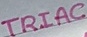
Text: TRIAC